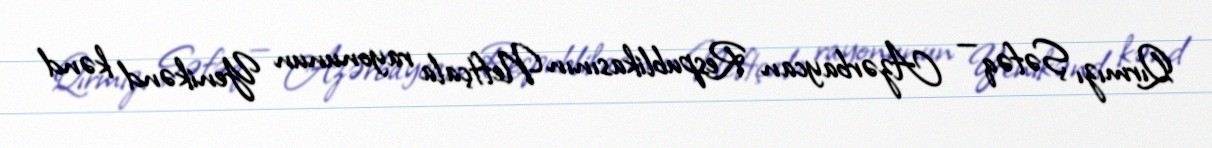
Qırmızı Şəfəq — Azərbaycan Respublikasının Neftçala rayonunun Yenikənd kənd